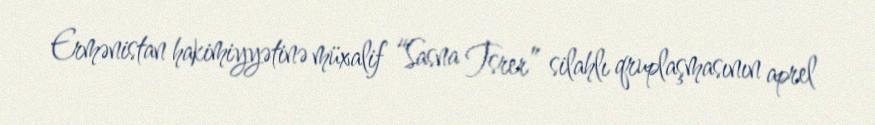
Ermənistan hakimiyyətinə müxalif “Sasna Tsrer” silahlı qruplaşmasının aprel